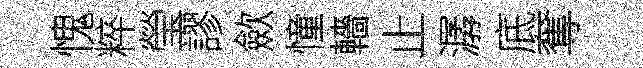
愧粹瑩謬歛憧轖止潺底奪